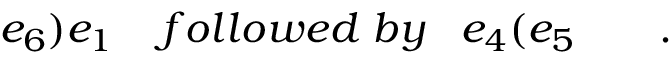
e _ { 6 } \mathbf { ) } e _ { 1 } \; \; \; \; f o l l o w e d \; b y \; \; \; e _ { 4 } \mathbf { ( } e _ { 5 } \quad \quad .